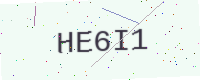
Text: HE6I1